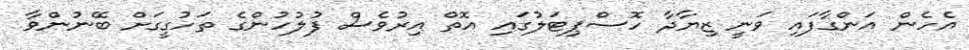
އެހެން އަންގާފައި ވަނީ ޒިޔާދާ ހޮސްޕިޓަލުގައި އޮތް އިރުވެސް ފުލުހުންގެ ތަހުގީގަށް ބޭނުންވާ